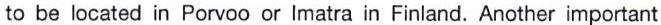
to be located in Porvoo or Imatra in Finland. Another important